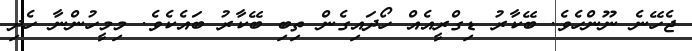
ޖެހޭނެ ނޫންހެވެ. ބޭކާރު ޑިގްރީއެއް ހޯދައިގެން ތިބި ބޭކާރު ބައެކެވެ. މިމީހުންނާ ހެދި